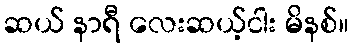
ဆယ် နာရီ လေးဆယ့်ငါး မိနစ်။